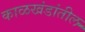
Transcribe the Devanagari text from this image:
काळखंडांतील